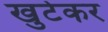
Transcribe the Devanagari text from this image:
खुटेकर